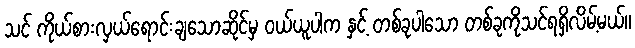
သင် ကိုယ်စားလှယ်ရောင်းချသောဆိုင်မှ ဝယ်ယူပါက နှင့် တစ်ခုပါသော တစ်ခုကိုသင်ရရှိလိမ့်မယ်။